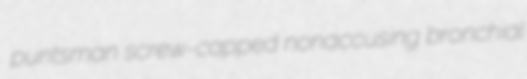
puntsman screw-capped nonaccusing bronchial